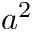
a ^ { 2 }